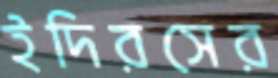
ইদিরসের